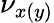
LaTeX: \nu_{x(y)}